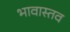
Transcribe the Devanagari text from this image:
भावास्तव